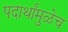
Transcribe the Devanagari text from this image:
पदार्थांमुळेच